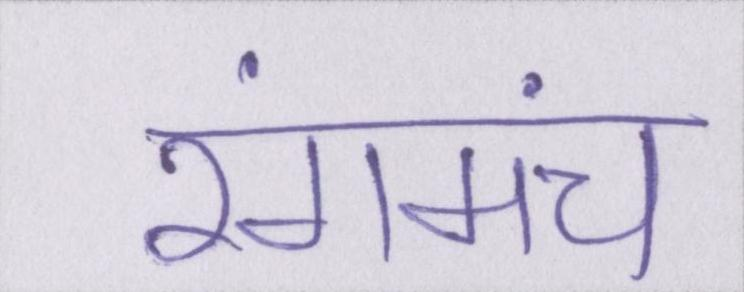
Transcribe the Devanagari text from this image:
रंगमंच